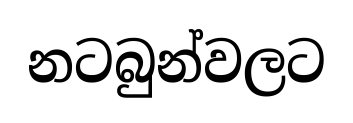
නටබුන්වලට